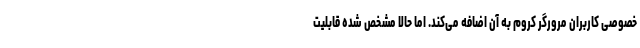
خصوصی کاربران مرورگر کروم به آن اضافه می‌کند. اما حالا مشخص شده قابلیت